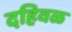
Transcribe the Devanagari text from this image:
दहिवळ